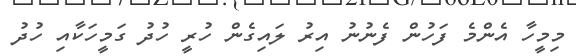
މިމީހާ އެންމެ ފަހުން ފެނުނު އިރު ލައިގެން ހުރީ ހުދު ގަމީހަކާއި ހުދު